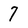
Character: 7